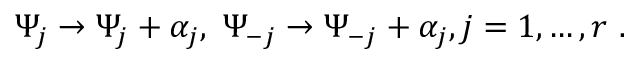
\Psi _ { j } \rightarrow \Psi _ { j } + \alpha _ { j } , \; \Psi _ { - j } \rightarrow \Psi _ { - j } + \alpha _ { j } , j = 1 , \ldots , r \ .